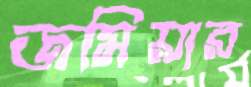
জমিয়ার